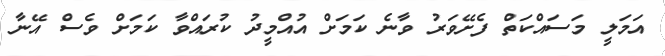
އަމަލީ މަސައްކަތް ފެށޭވަރު ވާނެ ކަމަށް އުއްމީދު ކުރައްވާ ކަމަށް ވެސް އޭނާ